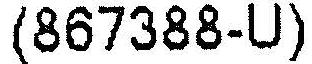
(867388-U)